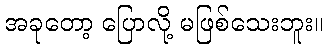
အခုတော့ ပြောလို့ မဖြစ်သေးဘူး။